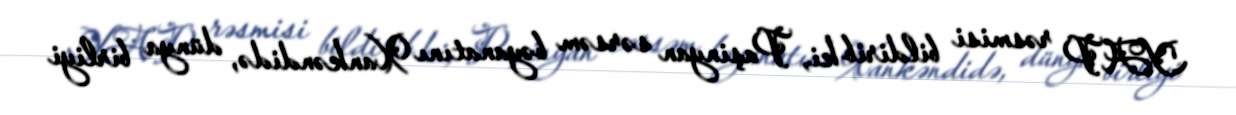
YAP rəsmisi bildirib ki, Paşinyan sərsəm bəyanatını Xankəndidə, dünya birliyi